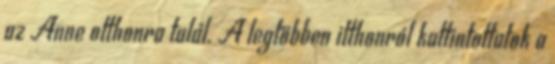
az Anne otthonra talál. A legtöbben itthonról kattintottatok a